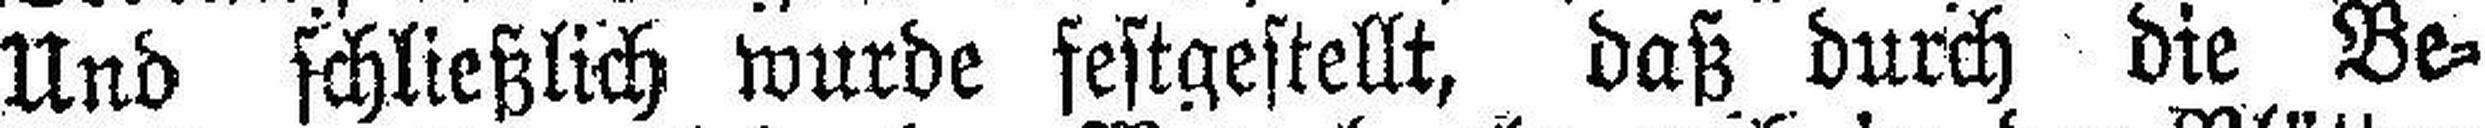
Und schließlich wurde festgestellt, daß durch die Be¬